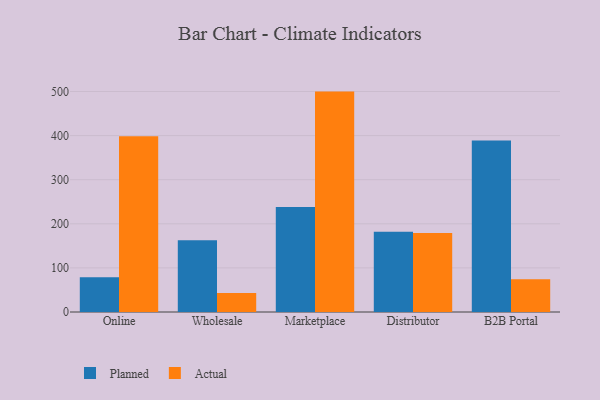
{"axis": {"x": "Channel", "y": "Bounce Rate (%)"}, "legend": ["Actual", "Planned"], "data": [{"x": "Online", "y": 78.9, "type": "Planned"}, {"x": "Online", "y": 398.8, "type": "Actual"}, {"x": "Wholesale", "y": 162.8, "type": "Planned"}, {"x": "Wholesale", "y": 43.0, "type": "Actual"}, {"x": "Marketplace", "y": 238.3, "type": "Planned"}, {"x": "Marketplace", "y": 499.8, "type": "Actual"}, {"x": "Distributor", "y": 182.0, "type": "Planned"}, {"x": "Distributor", "y": 179.1, "type": "Actual"}, {"x": "B2B Portal", "y": 388.7, "type": "Planned"}, {"x": "B2B Portal", "y": 74.5, "type": "Actual"}]}